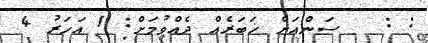
: :   ސަންއަށް ޚަބަރެއް ދެއްވުމަށް: 1 އަހަރު 4